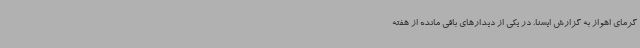
گرمای اهواز به گزارش ایسنا، در یکی از دیدارهای باقی مانده از هفته